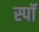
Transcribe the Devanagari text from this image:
स्पॉ